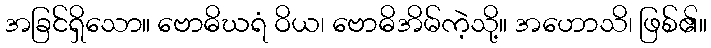
အခြင်ရှိသော။ ဗောဓိဃရံ ဝိယ၊ ဗောဓိအိမ်ကဲ့သို့။ အဟောသိ၊ ဖြစ်၏။